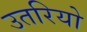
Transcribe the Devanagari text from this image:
उतरियो